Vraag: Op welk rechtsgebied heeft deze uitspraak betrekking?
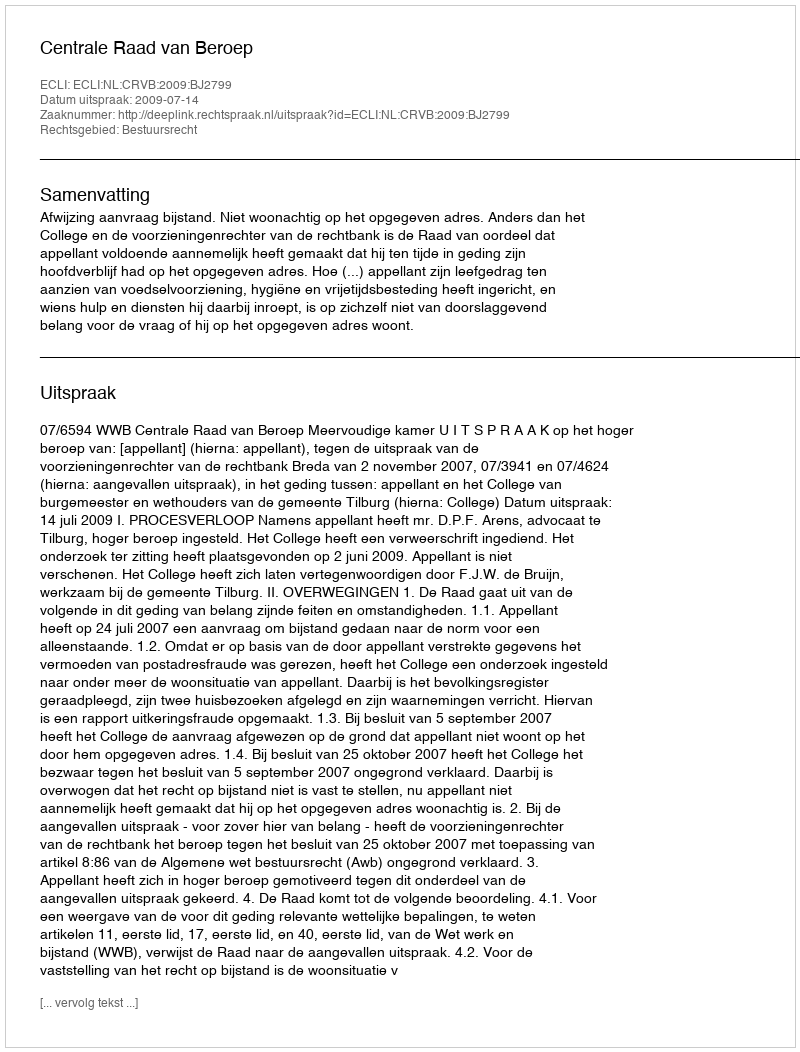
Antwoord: Bestuursrecht